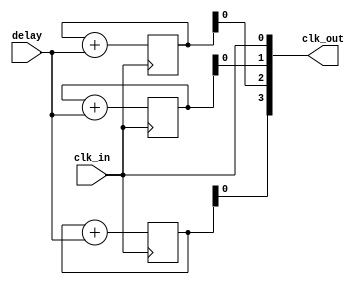
module skew_optimized_clock_buffer #(
    parameter NUM_OUTPUTS = 4,         // Number of output clock signals
    parameter DELAY_WIDTH = 4           // Width of programmable delay (in bits)
)(
    input wire clk_in,                  // Input clock signal
    input wire [DELAY_WIDTH-1:0] delay, // Programmable delay setting
    output wire [NUM_OUTPUTS-1:0] clk_out // Output clock signals
);

    // Internal signals for clock distribution
    wire [NUM_OUTPUTS-1:0] delayed_clks;
    wire clk_enable; // Control signal for clock gating

    // Clock gating control (example for low power)
    assign clk_enable = /* condition for enabling clock gating */ 1'b1;

    // Instantiate delay elements for skew minimization
    genvar i;
    generate
        for (i = 0; i < NUM_OUTPUTS; i = i + 1) begin : clock_distribution
            // Delay logic for each output
            // This is a placeholder for the actual delay logic. In practice,
            // you would implement a more sophisticated delay line or buffer.
            if (i == 0) begin
                assign delayed_clks[i] = clk_in; // No delay for the first output
            end else begin
                // Simple delay implementation (e.g., using registers)
                reg [DELAY_WIDTH-1:0] clk_reg;
                always @(posedge clk_in) begin
                    clk_reg <= clk_reg + delay; // Incremental delay logic
                end
                assign delayed_clks[i] = clk_reg; // Assign delayed clock
            end
            
            // Output drivers with isolation
            assign clk_out[i] = clk_enable ? delayed_clks[i] : 1'b0; // Isolation feature
        end
    endgenerate

endmodule